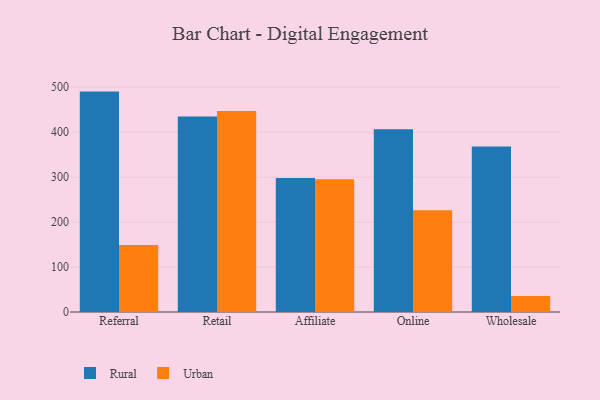
{"axis": {"x": "Channel", "y": "Net Income (USD K)"}, "legend": ["Rural", "Urban"], "data": [{"x": "Referral", "y": 490.2, "type": "Rural"}, {"x": "Referral", "y": 149.1, "type": "Urban"}, {"x": "Retail", "y": 435.0, "type": "Rural"}, {"x": "Retail", "y": 446.8, "type": "Urban"}, {"x": "Affiliate", "y": 298.1, "type": "Rural"}, {"x": "Affiliate", "y": 295.3, "type": "Urban"}, {"x": "Online", "y": 406.5, "type": "Rural"}, {"x": "Online", "y": 226.3, "type": "Urban"}, {"x": "Wholesale", "y": 368.0, "type": "Rural"}, {"x": "Wholesale", "y": 35.4, "type": "Urban"}]}